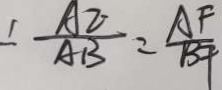
\frac { A E } { A B } = \frac { A F } { B F }